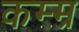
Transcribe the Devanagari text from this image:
कम्म्र